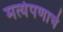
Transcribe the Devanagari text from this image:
मर्त्यपणाचे